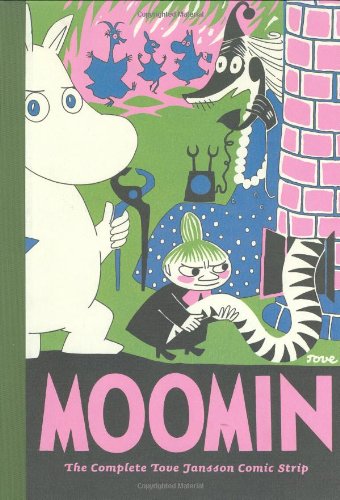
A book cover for Moomin: The Complete Tove Jansson Comic Strip - Book Two; Tove Jansson; Comics & Graphic Novels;